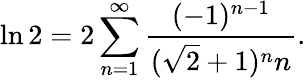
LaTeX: \ln 2=2\sum_{n=1}^{\infty}{\frac{(-1)^{n-1}}{({\sqrt{2}}+1)^{n}n}}.